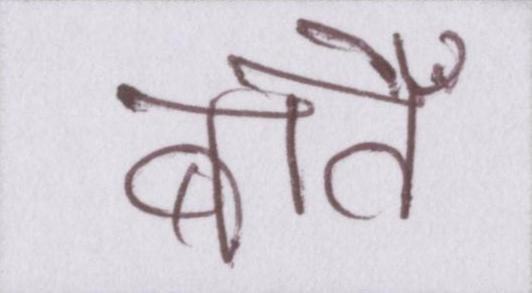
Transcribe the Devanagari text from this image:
बातेँ